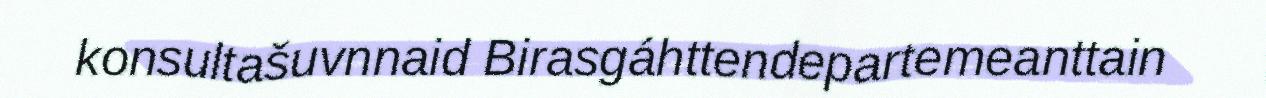
konsultašuvnnaid Birasgáhttendepartemeanttain